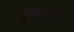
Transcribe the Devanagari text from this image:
लि्टल